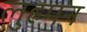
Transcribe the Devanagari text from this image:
लुह्रमन